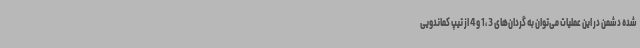
شده دشمن در این عملیات می‌توان به گردان‌های 3 ،1 و 4 از تیپ کماندویی